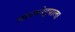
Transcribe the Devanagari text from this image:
महाकोट्टपाल।